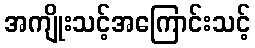
အကျိုးသင့်အကြောင်းသင့်